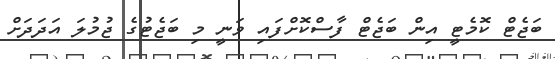
ބަޖެޓް ކޮމެޓީ އިން ބަޖެޓް ފާސްކޮށްފައި ވަނީ މި ބަޖެޓުގެ ޖުމުލަ އަދަދަށް